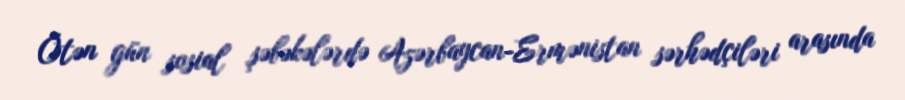
Ötən gün sosial şəbəkələrdə Azərbaycan-Ermənistan sərhədçiləri arasında